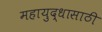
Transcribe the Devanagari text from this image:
महायुद्धासाठी